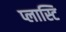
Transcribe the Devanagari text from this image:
प्लास्टि